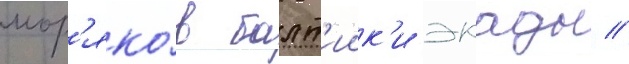
мор'яко́в балт'иик'и экады //